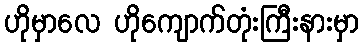
ဟိုမှာလေ ဟိုကျောက်တုံးကြီးနားမှာ